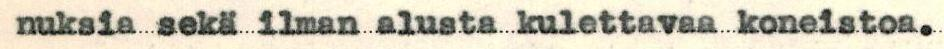
nuksia sekä ilman alusta kulettavaa koneistoa.